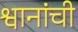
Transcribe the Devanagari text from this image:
श्वानांची